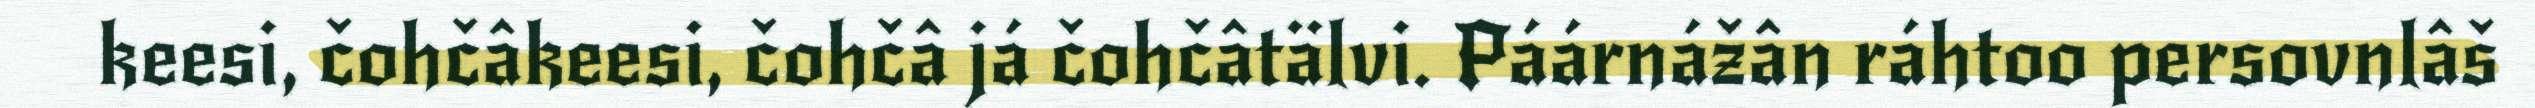
keesi, čohčâkeesi, čohčâ já čohčâtälvi. Páárnážân ráhtoo persovnlâš